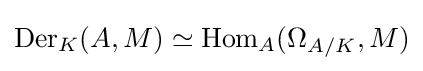
\operatorname {Der} _{K}(A,M)\simeq \operatorname {Hom} _{A}(\Omega _{A/K},M)